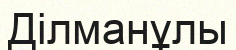
Ділманұлы